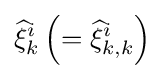
{\widehat {\xi }}_{k}^{i}\left(={\widehat {\xi }}_{k,k}^{i}\right)